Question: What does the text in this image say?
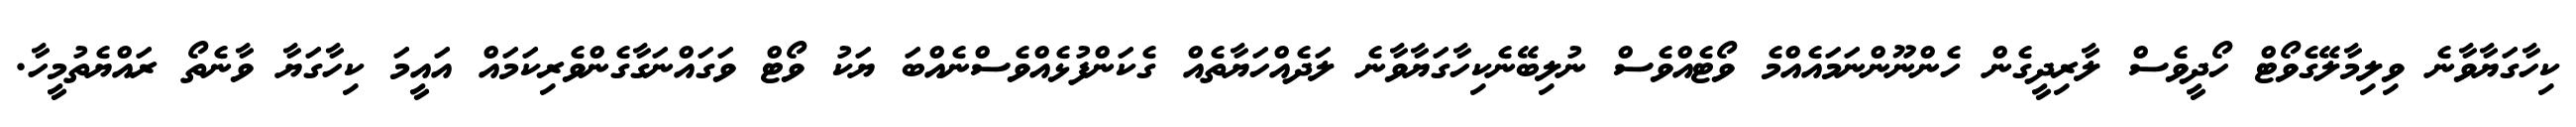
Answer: ކިހާގަޔާވާނެ ވިލިމާލޭގެވޯޓް ހޯދީވެސް ލާރިދީގެން ހެންނޫންނަމައެއްމެ ވޯޓެއްވެސް ނުލިބޭނެކިހާގަޔާވާނެ ލަދެއްހަޔާތެއް ގެކަންފުޅެއްވެސްނެއްބަ ޔަކު ވޯޓް ވަގައްނަގާގެންވެރިކަމައް އައީމަ ކިހާގަޔާ ވާނެތޯ ރައްޔެތުމީހާ.